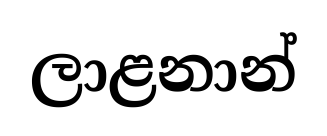
ලාළනාන්